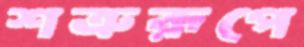
শত্রুরূপে